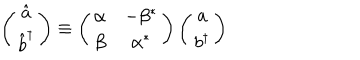
\left( \begin{matrix} { { { \hat { a } } } } \\ { { { \hat { b } } ^ { \dagger } } } \\ \end{matrix} \right) \equiv \left( \begin{matrix} { { \alpha } } & { { - \beta ^ { * } } } \\ { { \beta } } & { { \alpha ^ { * } } } \\ \end{matrix} \right) \left( \begin{matrix} { { a } } \\ { { b ^ { \dagger } } } \\ \end{matrix} \right)